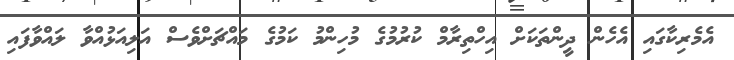
އެމެރިކާގައި އެހެން ދީންތަކަށް އިހްތިރާމް ކުރުމުގެ މުހިންމު ކަމުގެ މައްޗަށްވެސް އަލިއަޅުއްވާ ލައްވާފައި